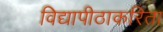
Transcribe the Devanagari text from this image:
विद्यापीठाकरिता